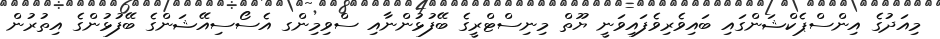
މިއަދުގެ އިންސްޕެކްޝަންގައި ބައިވެރިވެފައިވަނީ ޔޫތް މިނިސްޓްރީގެ ބޭފުޅުންނާއި ސްވިމިންގ އެސޯސިއޭޝަންގެ ބޭފުޅުންގެ އިތުރުން